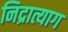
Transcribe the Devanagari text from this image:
निद्रात्याग